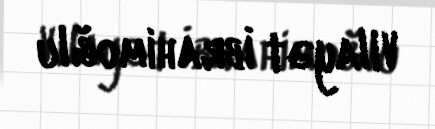
Vilayət İbrahimoğlu